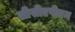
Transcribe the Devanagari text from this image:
सीसीएपीएम